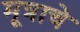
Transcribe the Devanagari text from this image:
मूत्राचे